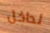
لداخل